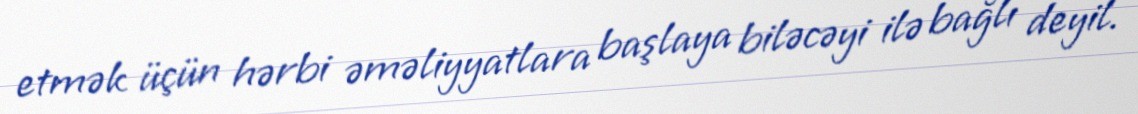
etmək üçün hərbi əməliyyatlara başlaya biləcəyi ilə bağlı deyil.